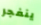
ينفجر